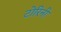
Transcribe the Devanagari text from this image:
टोरिनी